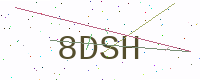
Text: 8DSH